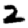
Digit: 2